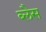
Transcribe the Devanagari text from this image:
ब्लैस